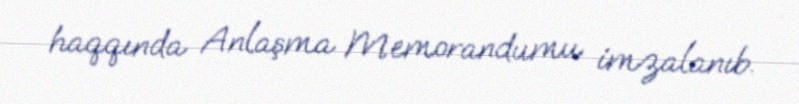
haqqında Anlaşma Memorandumu imzalanıb.